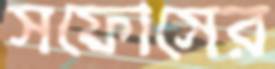
সফোসের